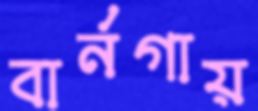
বার্নগায়